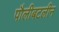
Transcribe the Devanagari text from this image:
पौलीबटलीन